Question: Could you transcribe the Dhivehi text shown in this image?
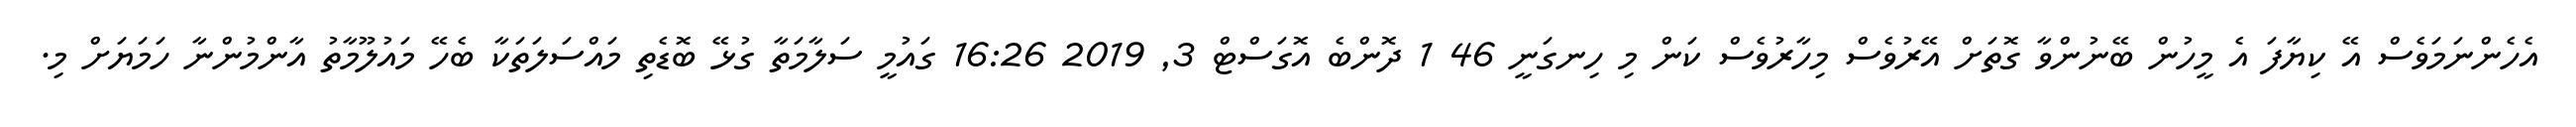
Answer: އެހެންނަމަވެސް އޭ ކިޔާފަ އެ މީހުން ބޭނުންވާ ގޮތަށް އޭރުވެސް މިހާރުވެސް ކަން މި ހިނގަނީ 46 1 ދޮންބެ އޮގަސްޓް 3, 2019 16:26 ގައުމީ ސަލާމަތާ ގުޅޭ ބޮޑެތި މައްސަލަތަކާ ބެހޭ މައުލޫމާތު އާންމުންނާ ހަމަޔަށް މި.